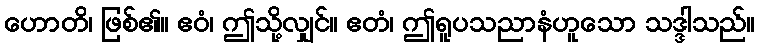
ဟောတိ၊ ဖြစ်၏။ ဧဝံ၊ ဤသို့လျှင်။ ဧတံ၊ ဤရူပသညာနံဟူသော သဒ္ဒါသည်။